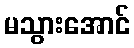
မသွားအောင်